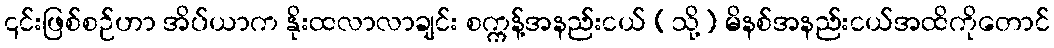
၎င်းဖြစ်စဉ်ဟာ အိပ်ယာက နိုးထလာလာချင်း စက္ကန့်အနည်းငယ် (သို့) မိနစ်အနည်းငယ်အထိကိုတောင်